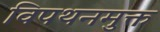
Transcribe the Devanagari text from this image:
विपथनमुक्त